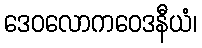
ဒေဝလောကဝေဒနီယံ၊